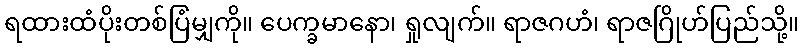
ရထားထံပိုးတစ်ပြံမျှကို။ ပေက္ခမာနော၊ ရှုလျက်။ ရာဇဂဟံ၊ ရာဇဂြိုဟ်ပြည်သို့။